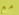
مع